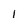
Character: I